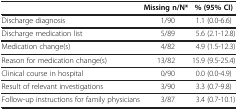
<table><thead><tr><td><b> </b></td><td><b>Missing n/N*</b></td><td><b>% (95% CI)</b></td></tr></thead><tbody><tr><td>Discharge diagnosis</td><td>1/90</td><td>1.1 (0.0-6.6)</td></tr><tr><td>Discharge medication list</td><td>5/89</td><td>5.6 (2.1-12.8)</td></tr><tr><td>Medication change(s)</td><td>4/82</td><td>4.9 (1.5-12.3)</td></tr><tr><td>Reason for medication change(s)</td><td>13/82</td><td>15.9 (9.5-25.4)</td></tr><tr><td>Clinical course in hospital</td><td>0/90</td><td>0.0 (0.0-4.9)</td></tr><tr><td>Result of relevant investigations</td><td>3/90</td><td>3.3 (0.7-9.8)</td></tr><tr><td>Follow-up instructions for family physicians</td><td>3/87</td><td>3.4 (0.7-10.1)</td></tr></tbody></table>